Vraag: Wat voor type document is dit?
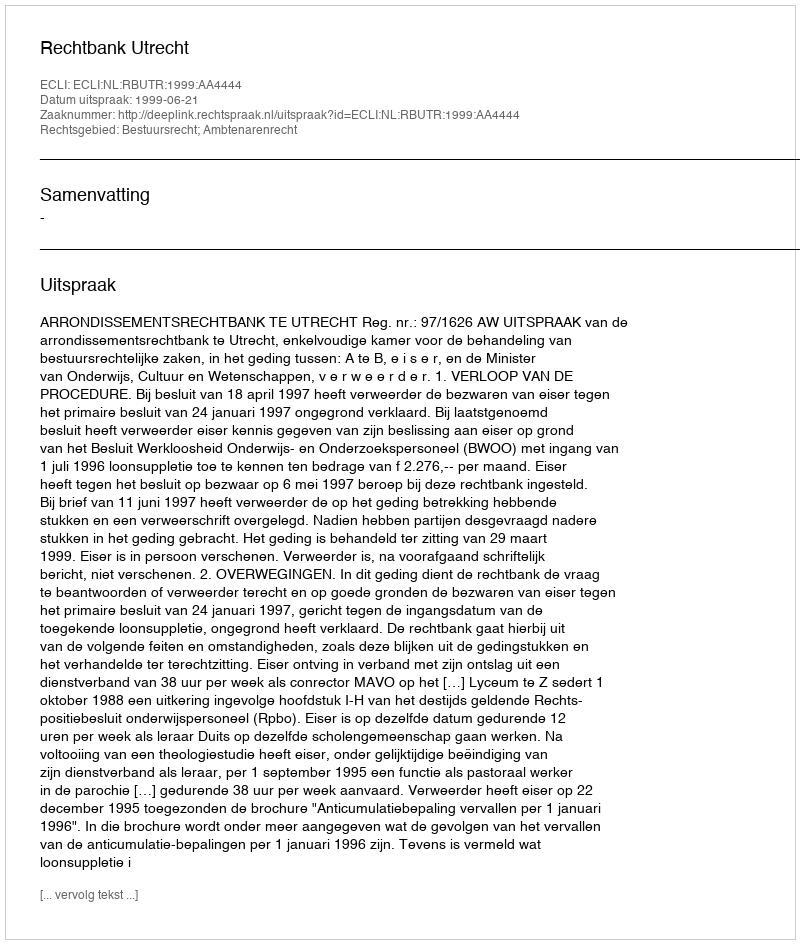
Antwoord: Uitspraak